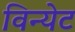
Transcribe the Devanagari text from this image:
विन्येट